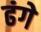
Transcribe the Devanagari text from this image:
ढंगे